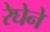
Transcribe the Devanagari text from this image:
रेघेने